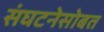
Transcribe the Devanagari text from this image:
संघटनेसोबत